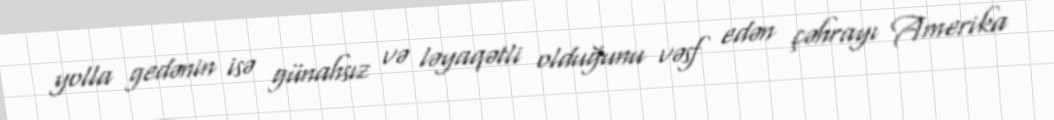
yolla gedənin isə günahsız və ləyaqətli olduğunu vəsf edən çəhrayı Amerika